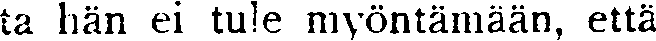
ta hän ei tule myöntämään, että